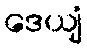
ဒေယျံ